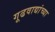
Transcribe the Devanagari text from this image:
गूढवाद्यांच्या